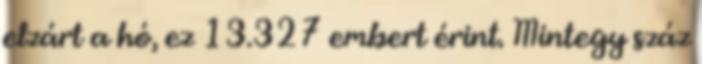
elzárt a hó, ez 13.327 embert érint. Mintegy száz